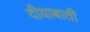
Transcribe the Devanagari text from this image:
दीयाबाती